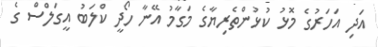
އަދި އަހަރުގެ މޮޅު ކުޅުންތެރިޔާގެ މަގާމު އޭނާ ހޯދީ ކްލަބު އީގަލްސް ގެ